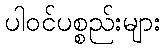
ပါဝင်ပစ္စည်းများ